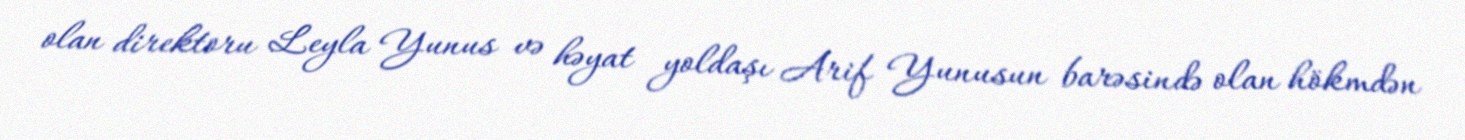
olan direktoru Leyla Yunus və həyat yoldaşı Arif Yunusun barəsində olan hökmdən